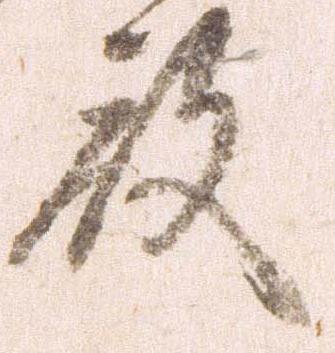
殿